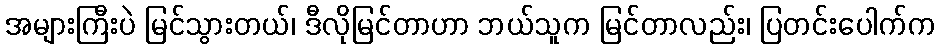
အများကြီးပဲ မြင်သွားတယ်၊ ဒီလိုမြင်တာဟာ ဘယ်သူက မြင်တာလည်း၊ ပြတင်းပေါက်က